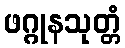
ဖဂ္ဂုနသုတ္တံ